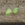
لم